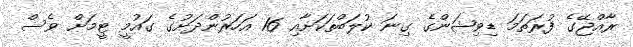
ރާއްޖޭގެ ފުރަތަމަ ޑިވިޝަންގެ ގިނަ ކުލަބްތަކަށާއި 16 އަހަރުންދަށުގެ ގައުމީ ޓީމަށް ވެސް